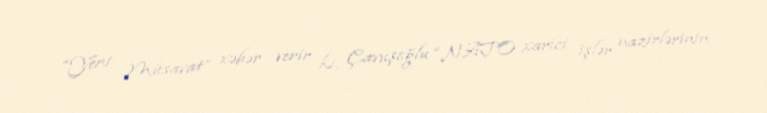
“Yeni Müsavat” xəbər verir ki, Çavuşoğlu “NATO xarici işlər nazirlərinin